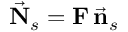
\vec { \bf N } _ { s } = { \bf F } \, \vec { \bf n } _ { s }